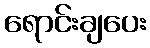
ရောင်းချပေး